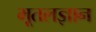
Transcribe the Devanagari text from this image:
भूतलज्ञान